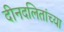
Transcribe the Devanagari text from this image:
दीनदलितांच्या